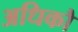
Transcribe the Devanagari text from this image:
अधिकौ